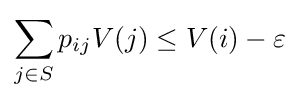
\sum _{j\in S}p_{ij}V(j)\leq V(i)-\varepsilon